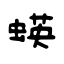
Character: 蝧